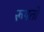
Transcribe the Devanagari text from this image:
रूपतो